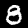
Label: 8